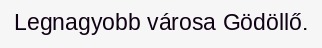
Legnagyobb városa Gödöllő.